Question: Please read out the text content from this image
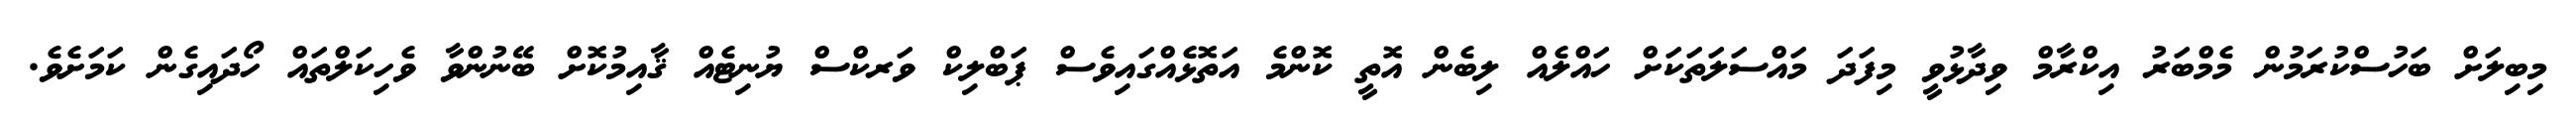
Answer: މިބިލަށް ބަހުސްކުރަމުން މެމްބަރު އިކްރާމް ވިދާޅުވީ މިފަދަ މައްސަލަތަކަށް ހައްލެއް ލިބެން އޮތީ ކޮންމެ އަތޮޅެއްގައިވެސް ޕަބްލިކް ވަރކްސް ޔުނިޓެއް ޤާއިމުކޮށް ބޭނުންވާ ވެހިކަލްތައް ހޯދައިގެން ކަމަށެވެ.